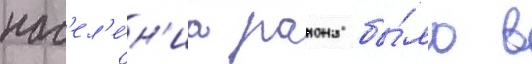
нас'ел'е́н'иа раиона бы́ло в